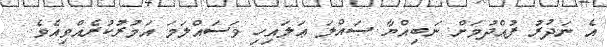
އެ ނަދުރު ފުއްދުމަށް ނަބިއްޔާ ޞައްލަ ޢަލައިހި ވަސައްލަމަ އަމުރުކުރެއްވިއެވެ.